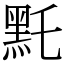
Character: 𪐞